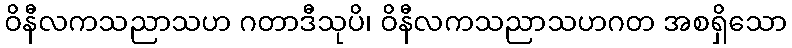
ဝိနီလကသညာသဟ ဂတာဒီသုပိ၊ ဝိနီလကသညာသဟဂတ အစရှိသော